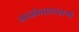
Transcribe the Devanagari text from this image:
आजोबाप्रमाणे